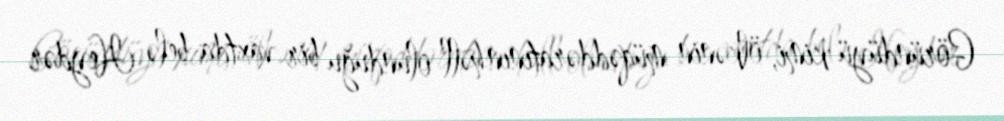
Göründüyü kimi, ölkənin müqəddəratının həll olunduğu bir vaxtda belə Heydər